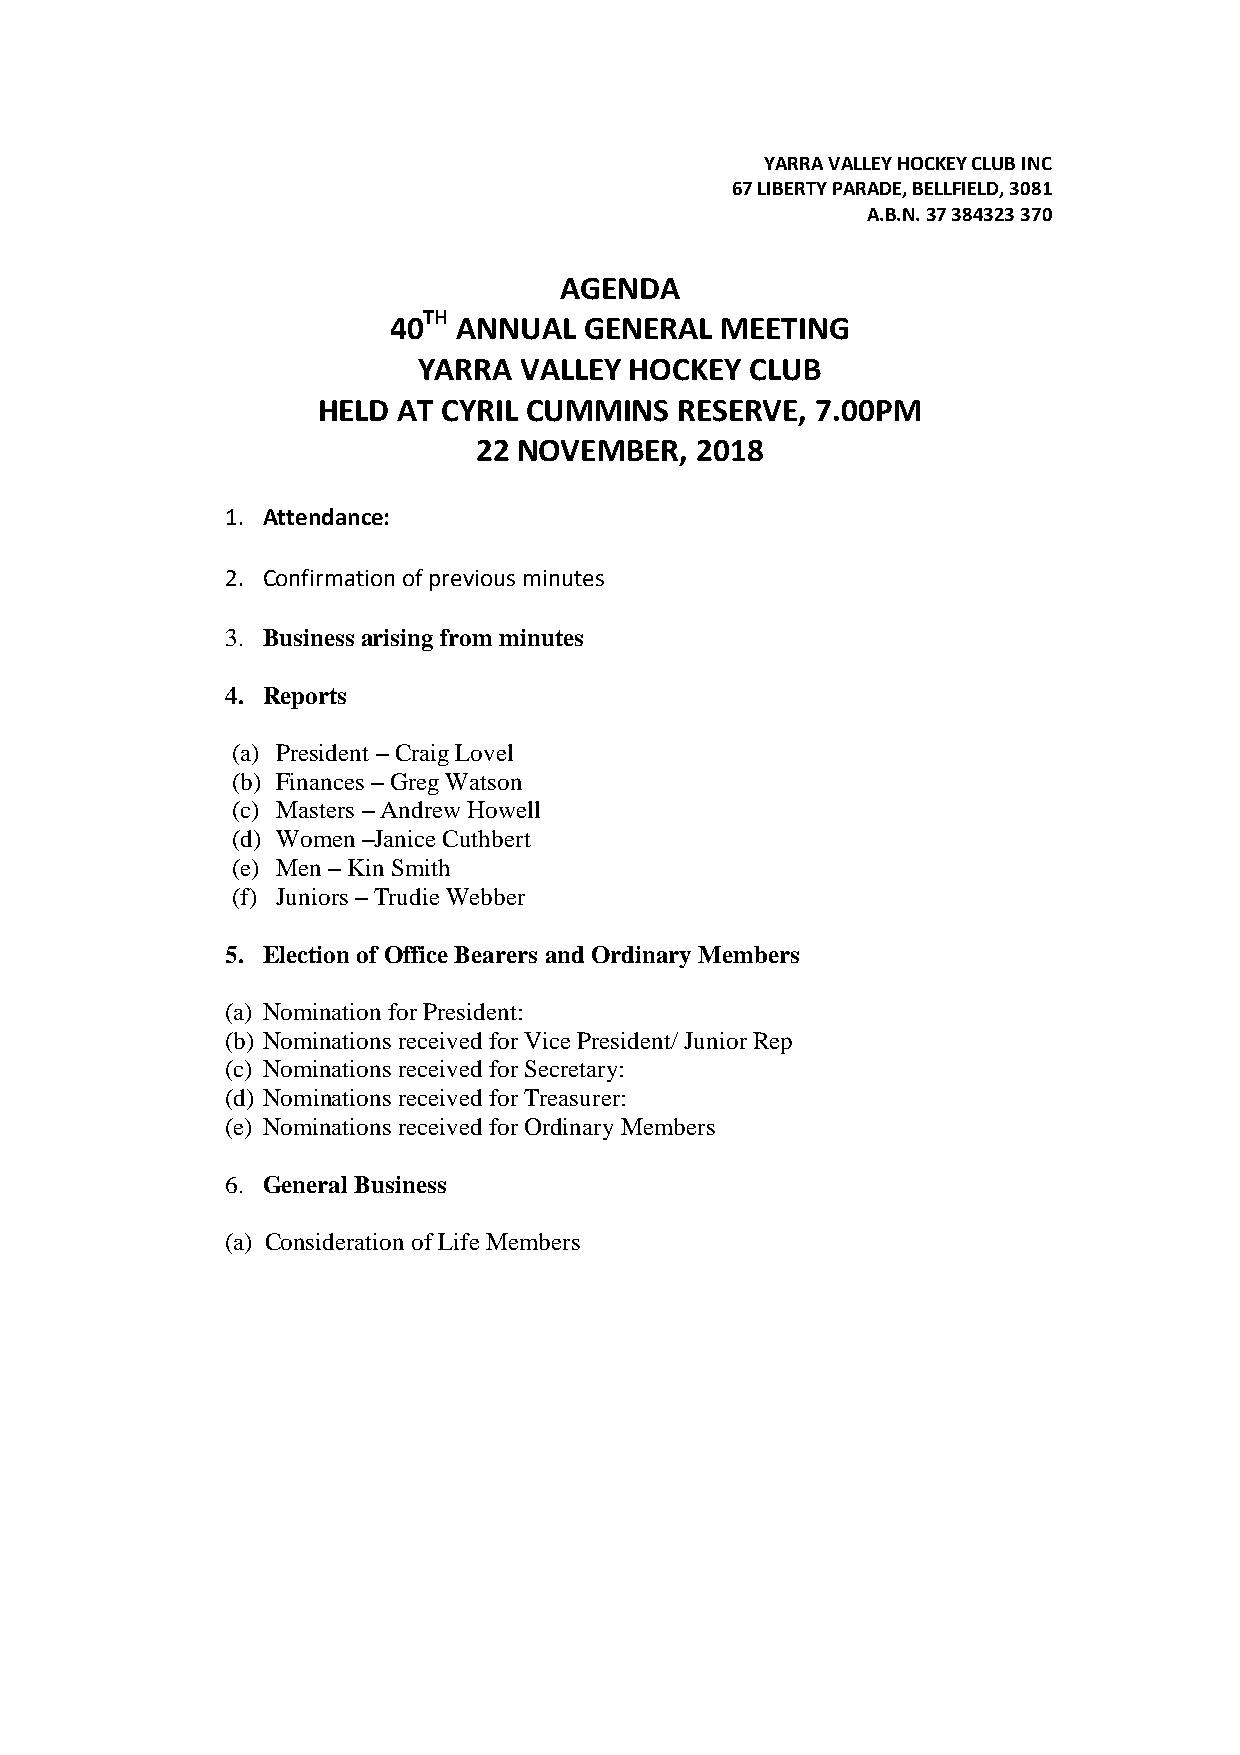
YARRA VALLEY HOCKEY CLUB INC
 67 LIBERTY PARADE, BELLFIELD, 3081
 A.B.N. 37 384323 370
 AGENDA
 TH
 40  ANNUAL   GENERAL  MEETING
 YARRA VALLEY  HOCKEY  CLUB
 HELD AT CYRIL CUMMINS   RESERVE, 7.00PM
 22 NOVEMBER,   2018
 1. Attendance:
 2. Confirmation of previous minutes
 3. Business arising from minutes
 4. Reports
 (a) President – Craig Lovel
 (b) Finances – Greg Watson
 (c) Masters – Andrew Howell
 (d) Women –Janice Cuthbert
 (e) Men – Kin Smith
 (f) Juniors – Trudie Webber
 5. Election of Office Bearers and Ordinary Members
 (a) Nomination for President:
 (b) Nominations received for Vice President/ Junior Rep
 (c) Nominations received for Secretary:
 (d) Nominations received for Treasurer:
 (e) Nominations received for Ordinary Members
 6. General Business
 (a) Consideration of Life Members